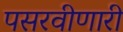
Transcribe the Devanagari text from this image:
पसरवीणारी